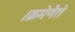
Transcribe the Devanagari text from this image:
।क्रमेणैते